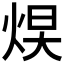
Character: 𪸮